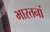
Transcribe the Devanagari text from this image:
भारतनां